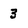
Character: 3